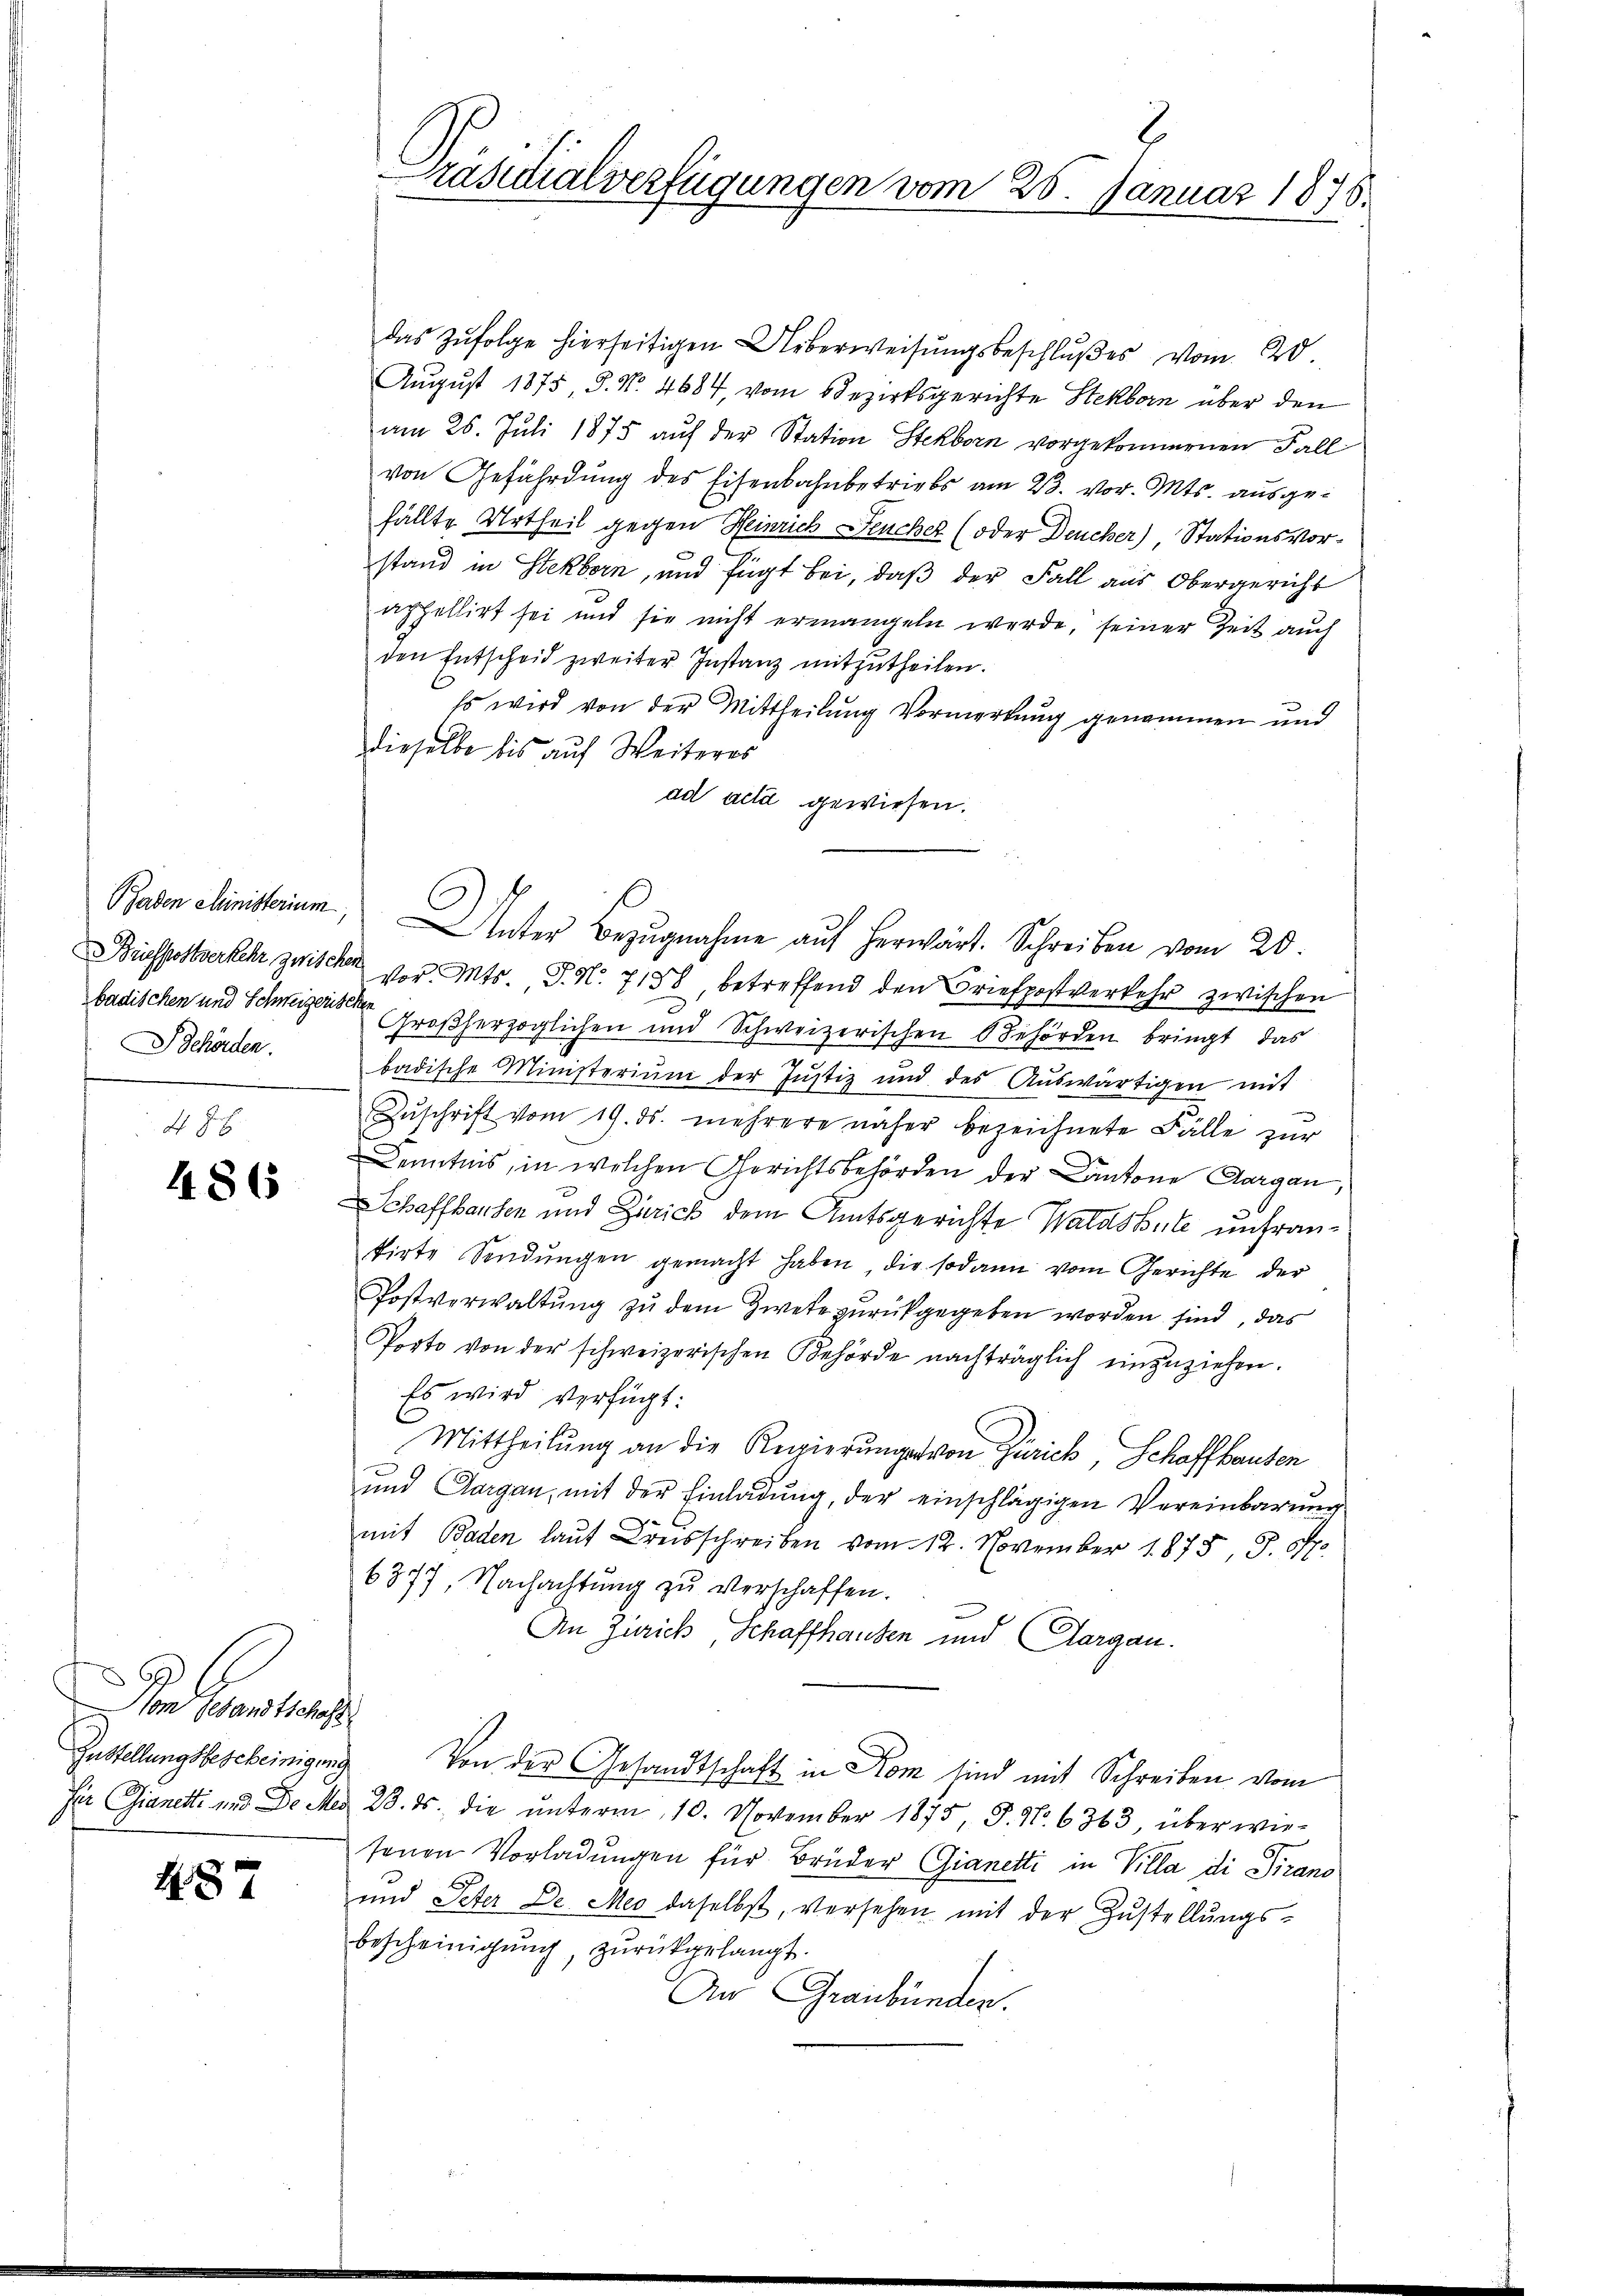
Behörden.

4 J.
486

Der Gene
Zustellungsbescheinigung

487

Präsidialverfügungen vom 25. Januar 1878.

das Zŭfolge hierseitigen Ueberweisŭngsbeschlŭβes vom 20.
August 1875, S. Nr. 4684, vom Bezirksgerichte Stekborn über den
am 26. Juli 1875 auf der Station Steckborn vorgekommernen Fall
von Gefährdung des Eisenbahnbetriebs am 23. vor. Mts. ausgefällte Urtheil gegen Heinrich Feucher (oder Deucher), Stationsvorstand in Stekborn, und fügt bei, daß der Fall aus Obergericht
appellirt sei und sie nicht ermangeln werde, seiner Zeit auch
den Entscheid zweiter Instanz mitzutheilen.
Es wird von der Mittheilung Vormerkung genommen und
dieselbe bis auf Weiteres
ad acta gewiesen.
Baden Ministerium Inter Bezugnahme auf herwärt. Schreiben vom 20.
Briefpostverkehr zwischen vor. Mts. P. Nr. 7158, betreffend den Briefpostverkehr zwischen
badischen und Schweizen Großherzoglichen und Schweizerischen Behörden bringt, das
badische Ministerium der Justiz und des Aŭswärtigen mit
Zŭschrift vom 19. ds. mehrere näher bezeichnete Fälle zur
Kenntnis, in welchen Gerichtsbehörden der Cantone Aargau,
Schaffhausen und Zürich dem Amtsgerichte Waldshute unfrantirte Sendungen gemacht haben, die sodann vom Gerichte der
Postverwaltung zu dem Zwete zurückgegeben worden sind, das
Porto von der schweizerischen Behörde nachträglich einzuziehen.
Es wird verfügt:
Mittheilung an die Regierungs von Zürich, Schaffhausen
und Aargau, mit der Einladung, der einschlägigen Vereinbarung
mit Baden laut Kreisschreiben vom 12. November 1875, S. Off
6377, Nachachtŭng zŭ verschaffen.
An Zürich, Schaffhausen und Aargau.
Von der Gesandtschaft in Kom sind mit Schreiben vom
Für Gianetti und De Med. 23. ds. die ŭnterm 10. November 1875, S. Nr. 6363, überwie-
senen Vorladungen für Brüder Gianetti in Villa di Pirano
und Peter Dr. Meo daselbst, versehen mit der Zustellungsbescheinigung, zurückgelangt.
An Graubünden.